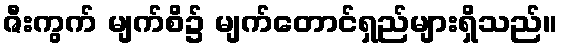
ဇီးကွက် မျက်စိ၌ မျက်တောင်ရှည်များရှိသည်။